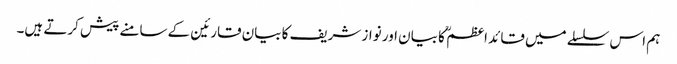
ہم اس سلسلے میں قائد اعظم ؒ کا بیان اور نواز شریف کا بیان قارئین کے سامنے پیش کرتے ہیں۔